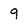
Character: q